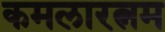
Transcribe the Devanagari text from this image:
कमलारत्नम